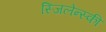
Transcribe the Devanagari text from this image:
स्जिलेन्स्की